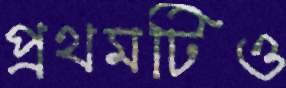
প্রথমটিও